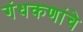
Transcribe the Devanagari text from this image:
गंधकणांचे